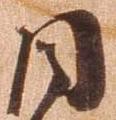
目